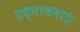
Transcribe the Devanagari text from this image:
उद्भावनाएं